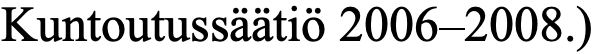
Kuntoutussäätiö 2006–2008.)